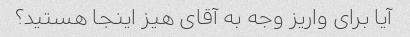
آیا برای واریز وجه به آقای هیز اینجا هستید؟